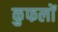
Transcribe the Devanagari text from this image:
कुफलों